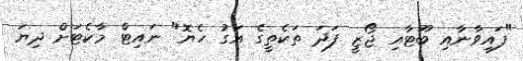
"ފައިވާނާއި ބޫޓާއި ޖޯޒީ ފަދަ ތަކެތީގެ އަގު ހެޔޮ" ނައިޓް މާކެޓަށް ދިޔަ